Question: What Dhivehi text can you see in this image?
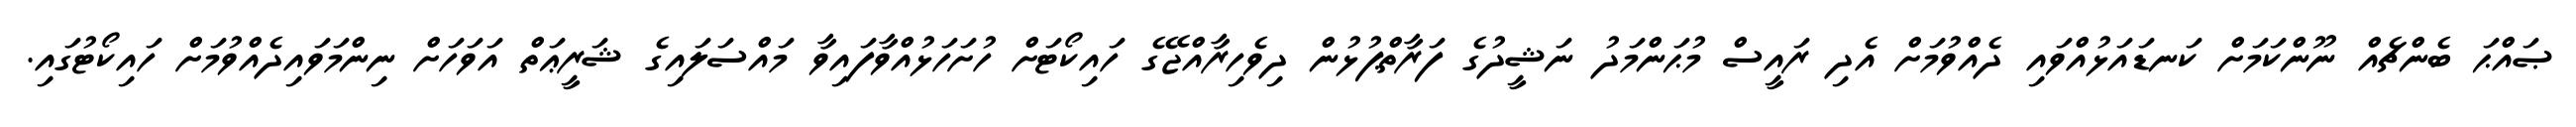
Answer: ޞައްޙަ ބެންޗެއް ނޫންކަމަށް ކަނޑައަޅުއްވައި ދެއްވުމަށް އެދި ރައީސް މުޙަންމަދު ނަޝީދުގެ ފަރާތްޕުޅުން ދިވެހިރާއްޖޭގެ ހައިކޯޓަށް ހުށަހަޅުއްވާފައިވާ މައްސަލައިގެ ޝަރީޢަތް އަވަހަށް ނިންމަވައިދެއްވުމަށް ހައިކޯޓުގައި.